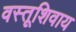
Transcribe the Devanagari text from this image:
वस्तूशिवाय